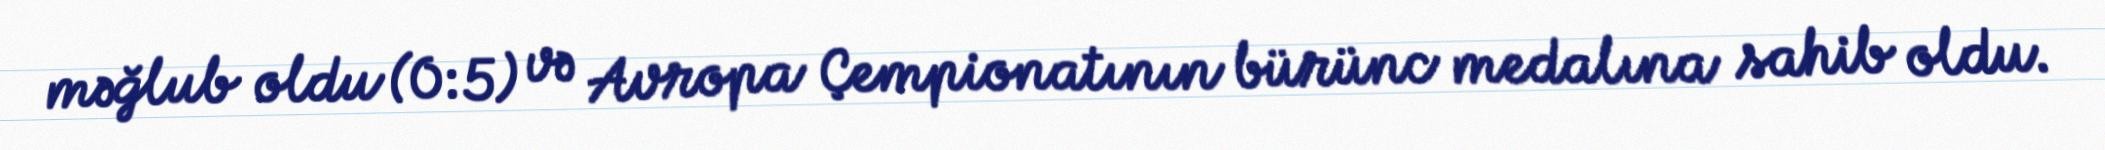
məğlub oldu (0:5) və Avropa Çempionatının bürünc medalına sahib oldu.